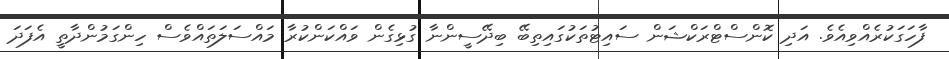
ފާހަގަކުރެއްވިއެވެ. އަދި ކޮންސްޓްރަކްޝަން ސައިޓުތަކުގައިތިބޭ ބިދޭސީންނާ ގުޅިގެން ވައްކަންކުރާ މައްސަލަތައްވެސް ހިންގަމުންދާތީ އެފަދަ